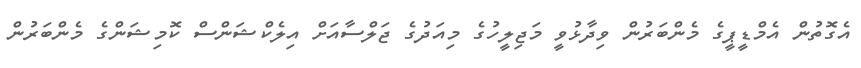
އެގޮތުން އެމްޑީޕީގެ މެންބަރުން ވިދާޅުވީ މަޖިލީހުގެ މިއަދުގެ ޖަލްސާއަށް އިލެކްޝަންސް ކޮމިޝަންގެ މެންބަރުން